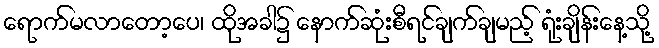
ရောက်မလာတော့ပေ၊ ထိုအခါ၌ နောက်ဆုံးစီရင်ချက်ချမည့် ရုံးချိန်းနေ့သို့